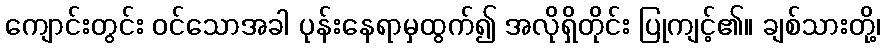
ကျောင်းတွင်း ဝင်သောအခါ ပုန်းနေရာမှထွက်၍ အလိုရှိတိုင်း ပြုကျင့်၏။ ချစ်သားတို့၊